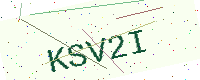
Text: KSV2I